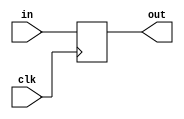
module output_register( clk, in, out);
input [127:0]in;
input clk;
output [127:0]out;
reg [127:0] out;

always @ ( posedge clk)
begin
	out[127:0] = in[127:0];
end

endmodule